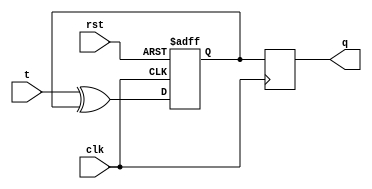
module t_flip_flop(
    input wire clk,
    input wire rst,
    input wire t,
    output reg q
);

reg d1, d2;

// Master flip-flop triggered on rising edge of clock
always @(posedge clk or posedge rst) begin
    if(rst) begin
        d1 <= 1'b0;
    end else begin
        d1 <= t ^ d1;
    end
end

// Slave flip-flop triggered on falling edge of clock
always @(negedge clk) begin
    d2 <= d1;
end

assign q = d2;

endmodule